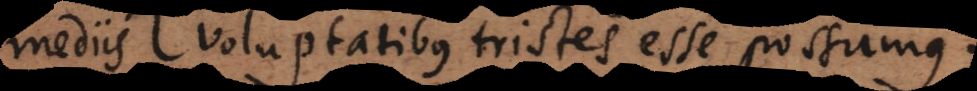
mediis voluptatibus tristes esse possumus.